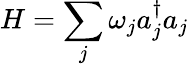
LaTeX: H=\sum_{j}\omega_{j}a_{j}^{\dagger}a_{j}